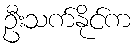
ဦးသက်နိုင်က